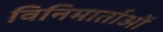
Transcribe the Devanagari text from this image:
विनिमार्ताओं